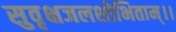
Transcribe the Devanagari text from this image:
सुवृक्षजलशोभिताम्।।